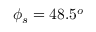
\phi _ { s } = 4 8 . 5 ^ { o }